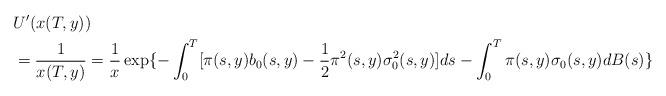
LaTeX: \begin{align*}& U' (x(T,y)) \\&=\frac{1}{x(T,y)}= \frac{1}{x}\exp\{-\int_0^T[\pi(s,y)b_0(s,y)-\frac{1}{2}\pi^2(s,y)\sigma_0^2(s,y)]ds - \int_0^T\pi(s,y)\sigma_0(s,y)dB(s)\} \\\end{align*}